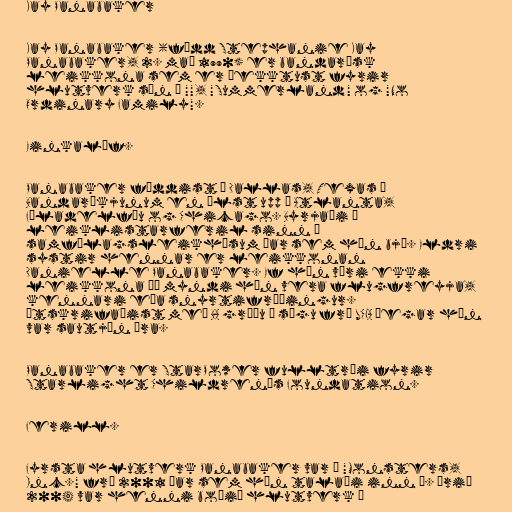
Kay Panabaker

Kay Panabaker (fædd Stephanie Kay
Panabaker, 2. maí 1990) er bandarísk
leikkona sem er þekktust fyrir
hlutverk sín í "", "Summerland" og "No
Ordinary Family".

Einkalíf.

Panabaker fæddist í Dallas, Texas í
Bandaríkjunum en ólst upp í Atlanta,
Fíladelfíu og Chicago. Byrjaði í
leiklistarferil sinn í
samfélagsleikhúsum þar sem hún bjó. Eldri
systir hennar er leikkonan
Danielle Panabaker. Ef hún væri ekki
leikkona þá myndi hún vera flugfreyja,
kennari eða snyrtifræðingur.
Útskrifaðist með BA gráðu í sögu frá UCLA þegar hún
var sautján ára.

Panabaker er StarPower fulltrúi fyrir
Starlight Children's Foundation.

Ferill.

Fyrsta hlutverk Panabaker var í "Monsters,
Inc." frá 2001 þar sem hún talaði inn á. Árið
2004 var henni boðið hlutverk í